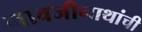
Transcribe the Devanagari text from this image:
नावजीनाथांची